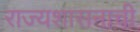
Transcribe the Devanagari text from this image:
राज्यशासनाची